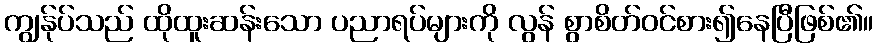
ကျွန်ုပ်သည် ထိုထူးဆန်းသော ပညာရပ်များကို လွန် စွာစိတ်ဝင်စား၍နေပြီဖြစ်၏။